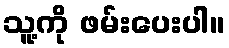
သူ့ကို ဖမ်းပေးပါ။